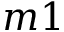
m 1